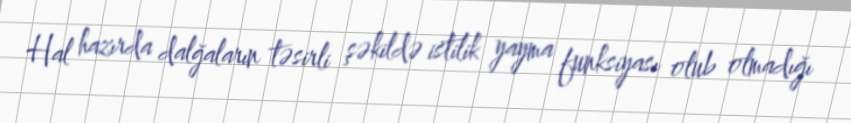
Hal hazırda dalğaların təsirli şəkildə istilik yayma funksiyası olub olmadığı